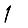
Digit: 1